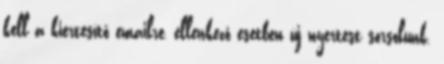
kell a kiértesítő emailre, ellenkező esetben új nyertest sorsolunk.